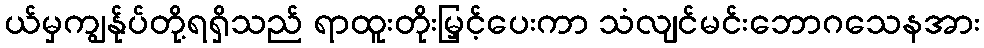
ယ်မှကျွန်ုပ်တို့ရရှိသည် ရာထူးတိုးမြှင့်ပေးကာ သံလျင်မင်းဘောဂသေနအား